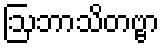
ဩဘာသိတဗ္ဗာ